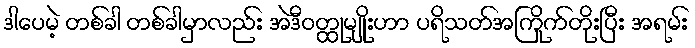
ဒါပေမဲ့ တစ်ခါ တစ်ခါမှာလည်း အဲဒီဝတ္ထုမျိုးဟာ ပရိသတ်အကြိုက်တိုးပြီး အရမ်း